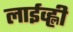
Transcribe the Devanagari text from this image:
लाईव्ह्ली